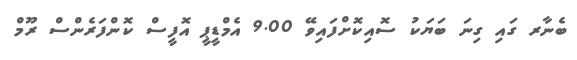
ބެނާރ ގައި ގިނަ ބަޔަކު ސޮއިކޮށްފައިވޭ 9.00 އެމްޑީޕީ އޮފީސް ކޮންފަރެންސް ރޫމް